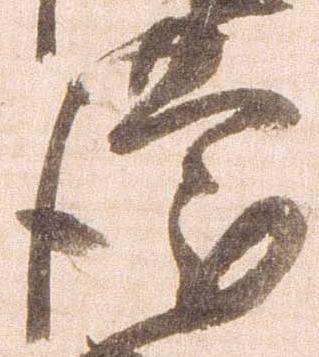
謹